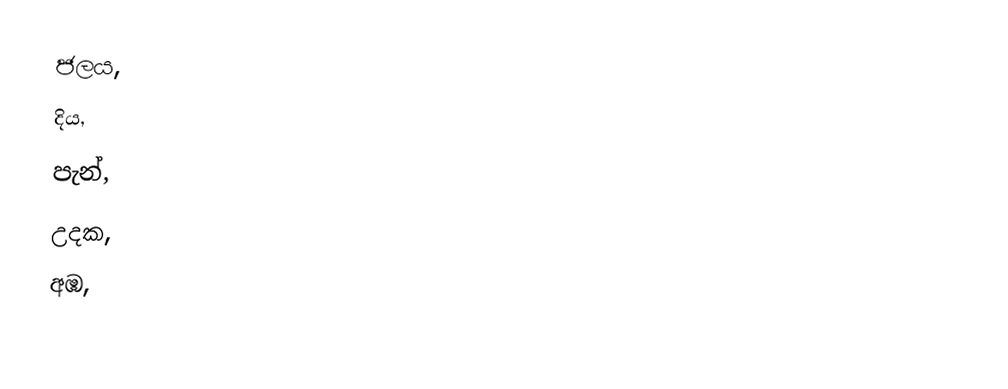
ජලය,
දිය,
පැන්,
උදක,
අඹ,